Insane asylums in Bengal annual reports 1876-1887 - 1876-1887
Year: 1876
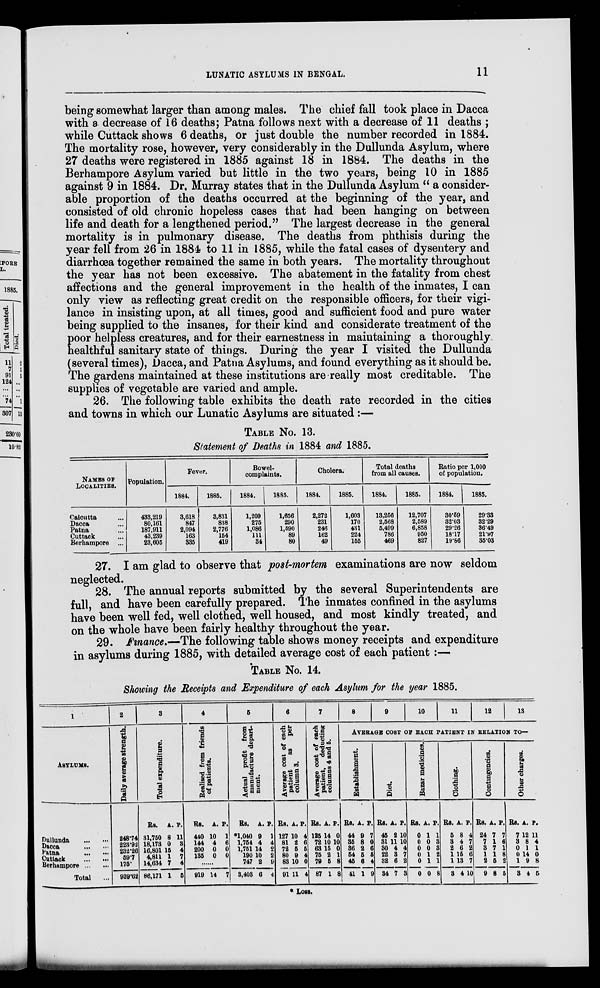
LUNATIC ASYLUMS IN BENGAL.
11
being somewhat larger than among males. The chief fall took place in Dacca
with a decrease of 16 deaths; Patna follows next with a decrease of 11 deaths ;
while Cuttack shows 6 deaths, or just double the number recorded in 1884.
The mortality rose, however, very considerably in the Dullunda Asylum, where
27 deaths were registered in 1885 against 18 in 1884. The deaths in the
Berhampore Asylum varied but little in the two years, being 10 in 1885
against 9 in 1884. Dr. Murray states that in the Dullunda Asylum " a consider-
able proportion of the deaths occurred at the beginning of the year, and
consisted of old chronic hopeless cases that had been hanging on between
life and death for a lengthened period." The largest decrease in the general
mortality is in pulmonary disease. The deaths from phthisis during the
year fell from 26 in 1884 to 11 in 1885, while the fatal cases of dysentery and
diarrhœa together remained the same in both years. The mortality throughout
the year has not been excessive. The abatement in the fatality from chest
affections and the general improvement in the health of the inmates, I can
only view as reflecting great credit on the responsible officers, for their vigi-
lance in insisting upon, at all times, good and sufficient food and pure water
being supplied to the insanes, for their kind and considerate treatment of the
p oor helpless creatures, and for their earnestness in maintaining a thoroughly
healthful sanitary state of things. During the year I visited the Dullunda
(several times), Dacca, and Patna Asylums, and found everything as it should be.
The gardens maintained at these institutions are really most creditable. The
supplies of vegetable are varied and ample.
26. The following table exhibits the death rate recorded in the cities
and towns in which our Lunatic Asylums are situated :—
TABLE No. 13.
Statement of Deaths in 1884 and 1885.
NAMES OF
LOCALITIES.
Calcutta ...
Dacca ...
Patna ...
Cuttack ...
Berhampore ...
Population.
433,219
80,161
187,911
43,239
23,605
Fever.
1884.
3,618
847
2,094
163
335
1885.
3,831
838
2,776
154
419
Bowel-
complaints.
1884.
1,209
275
1,086
111
34
1885.
1,656
290
1,590
89
80
Cholera.
1884.
2,272
231
246
162
49
1885.
1,603
170
431
224
155
Total deaths
from all causes.
1884.
13,256
2,568
5,499
786
469
1885.
12,707
2,589
6,858
950
827
Ratio per 1,000
of population.
1884.
30.59
32.03
29.26
18.17
19.86
1885.
29.33
32.29
36.49
21.97
35.03
27. I am glad to observe that post-mortem examinations are now seldom
neglected.
28. The annual reports submitted by the several Superintendents are
full, and have been carefully prepared. The inmates confined in the asylums
have been well fed, well clothed, well housed, and most kindly treated, and
on the whole have been fairly healthy throughout the year.
29. Finance.—The following table shows money receipts and expenditure
in asylums during 1885, with detailed average cost of each patient :—
TABLE No. 14.
Showing the Receipts and Expenditure of each Asylum for the year 1885.
1
ASYLUMS.
Dullunda
...
...
Dacca ... ...
Patna
...
...
Cuttack ... ...
Berhampore
...
Total ...
2
Daily average strength.
248.74
223.92
232.26
59.7
175.
939.62
3
Total expenditure.
Rs.
31,750
18,173
16,801
4,811
14,634
86,171
A.
8
0
15
1
7
1
P.
11
3
4
7
4
5
4
Realised from friends
of patients.
Rs.
440
144
200
135
A.
10
4
0
0
P.
1
6
0
0
.........
919 14 7
5
Actual profit from
manufacture depart-
ment.
Rs.
*1,040
1,754
1,751
190
747
3,403
A.
9
4
14
10
2
6
P.
1
4
2
2
9
4
6
Average cost of each
patient
as per
column 3.
Rs.
127
81
72
80
83
91
A.
10
2
5
9
10
11
P.
4
6
5
4
0
4
7
Average cost of each
patient, deducting
columns 4 and 5.
Rs.
125
72
63
75
79
87
A.
14
10
15
2 5
1
P.
0
10
0
1
8
8
8
9
10 11 12 13
AVERAGE COST OF EACH PATIENT IN RELATION TO—
Establishment.
Rs.
44
35
36
54
45
41
A.
9
8
2
5
6
1
P.
7
0
6
5
4
9
Diet.
Rs.
45
31
30
22
32
34
A.
2
11
4
3
6
7
P.
10
10
4
7
2
3
Bazar medicines.
Rs.
0
0
0
0
0
0
A.
1
0
0
1
1
0
P.
1
3
3
2
1
8
Clothing.
Rs.
5
3
2
1
1
3
A.
8
4
6
15
13
4
P.
4
7
2
6
7
10
Contingencies.
Rs.
24
7
3
1
2
9
A.
7
1
7
1
5
8
P.
7
6
1
8
2
5
Other charges.
Rs.
7
3
0
0
1
3
A.
12
8
1
14
9
4
P.
11
4
1
0
8
5
* Loss.